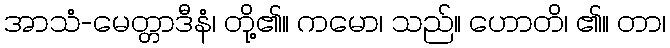
အာသံ-မေတ္တာဒီနံ၊ တို့၏။ ကမော၊ သည်။ ဟောတိ၊ ၏။ တာ၊